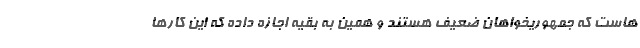
هاست که جمهوریخواهان ضعیف هستند و همین به بقیه اجازه داده که این کارها